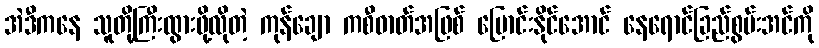
အဲဒီကနေ သူတို့ကြီးထွားဖို့လိုတဲ့ ကုန်ချော ကစီဓာတ်အဖြစ် ပြောင်းနိုင်အောင် နေရောင်ခြည်စွမ်းအင်ကို